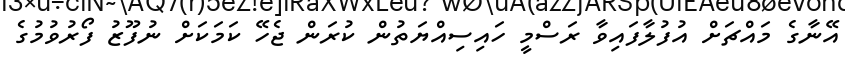
އޭނާގެ މައްޗަށް އުފުލާފައިވާ ރަސްމީ ހައިސިއްޔަތުން ކުރަން ޖެހޭ ކަމަކަށް ނުފޫޒު ފޯރުވުމުގެ